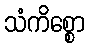
သံကိစ္စော